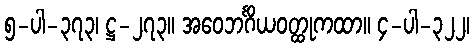
၅-ပါ-၃၇၃၊ ဋ္ဌ-၂၇၃။ အဝေဘင်္ဂိယဝတ္ထုကထာ။ ၄-ပါ-၃၂၂၊